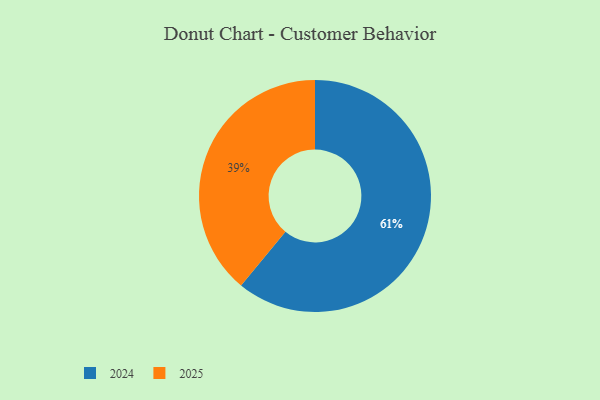
{"axis": {"x": "Category", "y": "Percentage"}, "legend": ["2024", "2025"], "data": [{"x": "2025", "y": 39, "type": "2025"}, {"x": "2024", "y": 61, "type": "2024"}]}